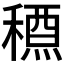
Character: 𥡱